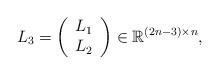
LaTeX: \begin{align*}L_3 = \left( \begin{array}{c} L_1 \\ L_2 \\ \end{array} \right)\in \mathbb{R}^{(2n-3)\times n},\end{align*}